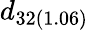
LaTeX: d_{32(1.06)}